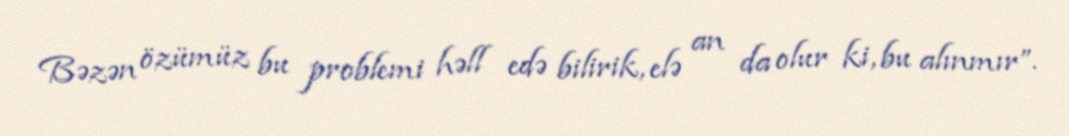
Bəzən özümüz bu problemi həll edə bilirik, elə an da olur ki, bu alınmır”.